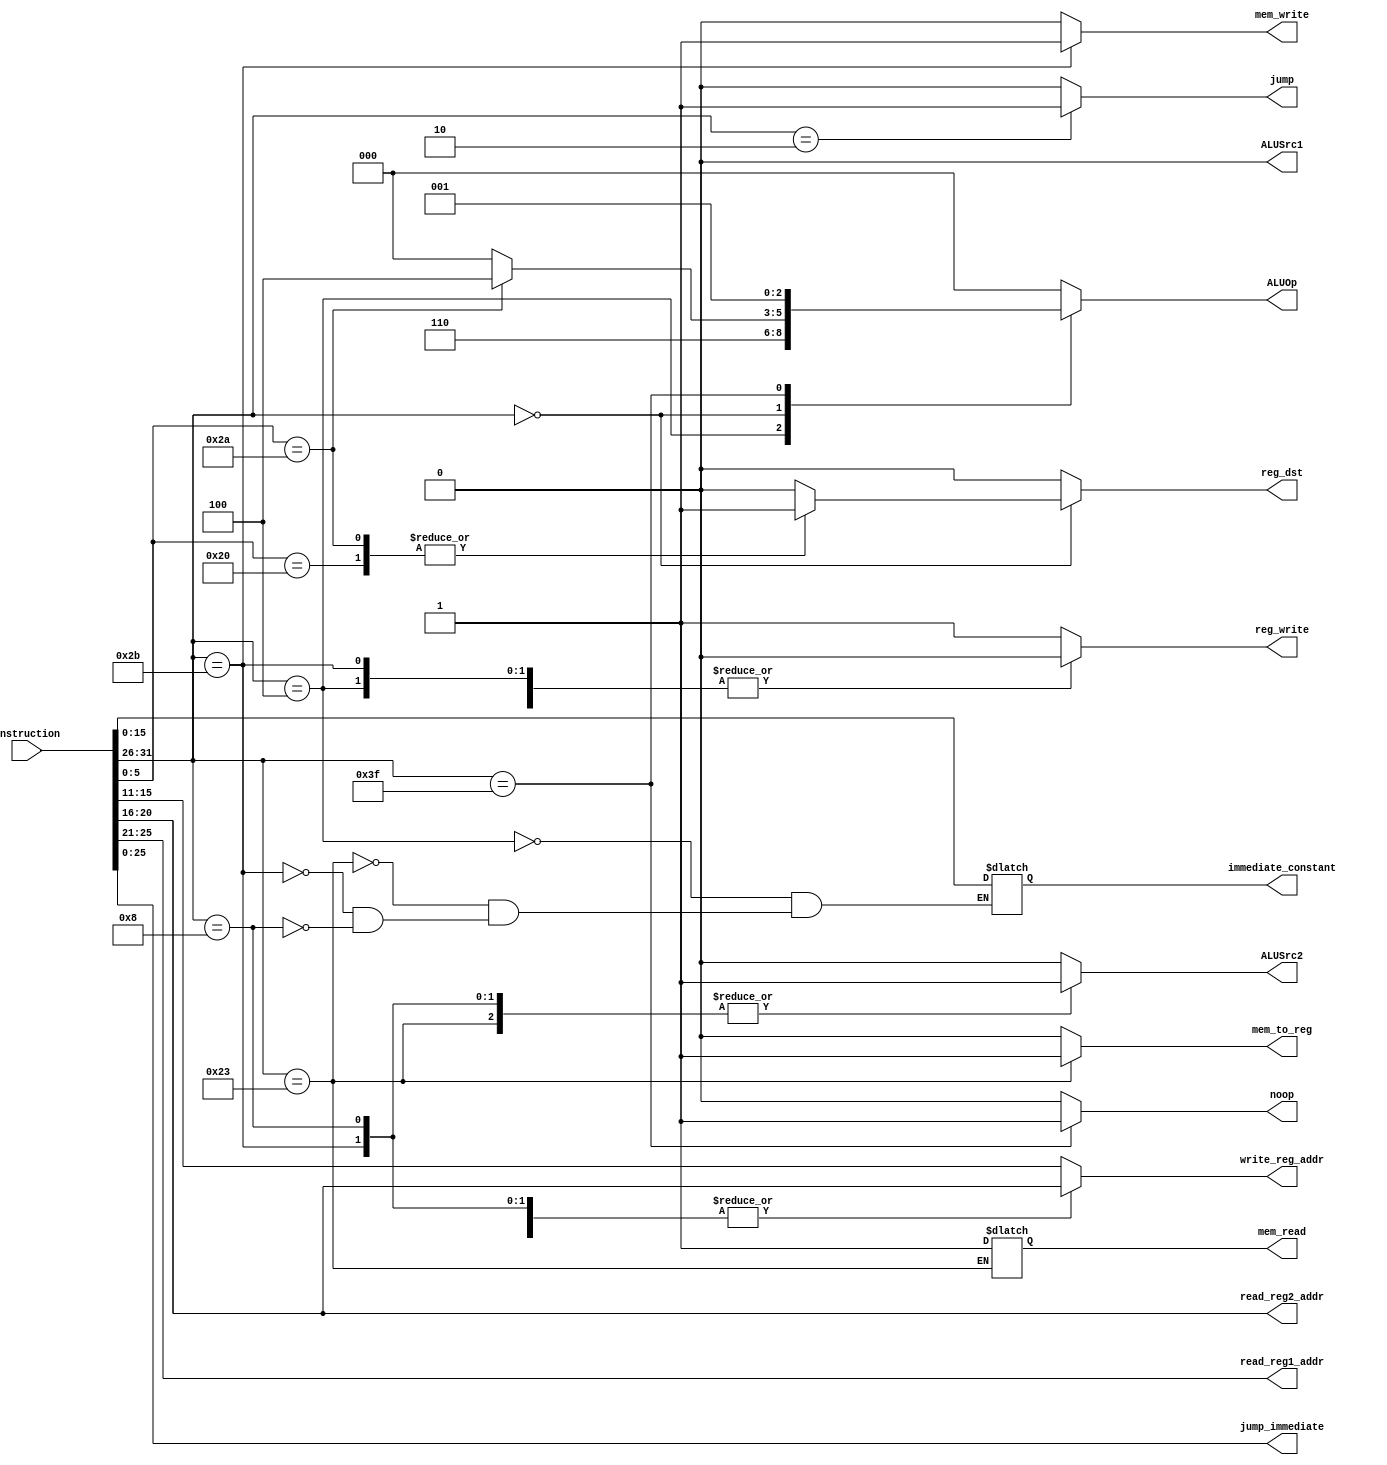
module inst_decoder(
input [31:0] instruction,
output reg_write,
output reg_dst,
output [15:0] immediate_constant,
output ALUSrc1,
output ALUSrc2,
output [2:0] ALUOp,
output mem_write,
output mem_read,
output mem_to_reg,
output [4:0] read_reg1_addr,
output [4:0] read_reg2_addr,
output [4:0] write_reg_addr,
output reg [25:0] jump_immediate,
output reg jump,
output reg noop
    );
    
wire [31:0] instruction;
reg [5:0] opcode;
reg [5:0] funct;
reg [5:0] padding; 
reg [15:0] immediate_constant;

reg reg_write;
reg reg_dst;
reg ALUSrc1;
reg ALUSrc2;
reg [2:0] ALUOp;
reg mem_write;
reg mem_read;
reg mem_to_reg;
reg [4:0] read_reg1_addr;
reg [4:0] read_reg2_addr;
reg [4:0] write_reg_addr;

//assign rs_addr = instruction[25:21];
//assign rt_addr = instruction[20:16];
//assign rd_addr = instruction[15:11];

always @(*)
begin

ALUSrc1 = 1'b0;
mem_write = 1'b0;
mem_to_reg = 1'b0;
reg_dst = 1'b0;
opcode = instruction[31:26];
funct = instruction[5:0];
reg_write = 1'b1;
ALUSrc2 = 1'b0;
ALUOp = 0;

read_reg1_addr = instruction[25:21]; //rs_addr
read_reg2_addr = instruction[20:16]; //rt_addr
write_reg_addr = instruction[15:11]; //rd_addr
jump_immediate = instruction[25:0];
jump = 0;
noop = 0;
case(opcode)

    //Branch Instructions
    6'd 4: //beq
    begin
    immediate_constant = instruction [15:0];
    ALUOp = 3'b110;
    reg_write = 0;
    write_reg_addr = instruction[20:16]; //rt_addr
    end
     
     //R-Type Instructions -- opcode is 0, will check funct
    6'd 0:
    case(funct)

     6'h 20: //add
          begin
            ALUOp = 3'b000;
            reg_dst = 1'b1;
            write_reg_addr = instruction[15:11]; //rt_addr
            end
     6'h 2A:
          begin
            ALUOp = 3'b 100;
            reg_dst = 1'b1;
            write_reg_addr = instruction[15:11]; //rt_addr
          end
   endcase
     // I-Type Instructions:        
     6'h 23: //lw
          begin
       immediate_constant = instruction [15:0];
       ALUOp = 3'b000;
       mem_to_reg = 1'b1;
       mem_read = 1'b1;
       ALUSrc2 = 1'b1;
       write_reg_addr = instruction[20:16]; //rt_addr
     end
     
     6'h 2b: //sw
          begin
       immediate_constant = instruction [15:0];
       ALUOp = 3'b000;
       mem_write = 1'b1;
       reg_write = 1'b0;
       ALUSrc2 = 1'b1;
       write_reg_addr = instruction[20:16]; //rt_addr
     end
     6'd 8: //addi
          begin
       immediate_constant = instruction [15:0];
       write_reg_addr = instruction[20:16]; //rt_addr
       ALUOp = 3'b000;
       ALUSrc2 = 1'b1;
     end     

     //Jump
     6'd 2:
      begin
      jump = 1;
          
        end  
    
    //Halt
    6'h 3f:
    begin
      noop = 1;
      reg_write = 0;
      ALUOp = 3'b001;

    end
endcase
end

endmodule